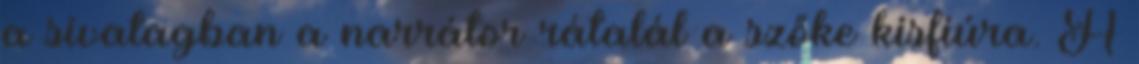
a sivatagban a narrátor rátalál a szőke kisfiúra. A